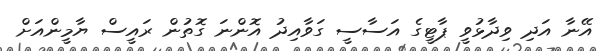
އޭނާ އަދި ވިދާޅުވީ ޕާޓީގެ އަސާސީ ގަވާއިދު އޮންނަ ގޮތުން ރައީސް ޔާމީންއަށް